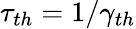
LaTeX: \tau_{th}=1/\gamma_{th}